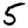
Digit: 5